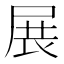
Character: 展